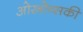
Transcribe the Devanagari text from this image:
ओस्त्रोव्सकी